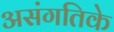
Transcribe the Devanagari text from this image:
असंगतिके